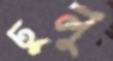
ঢুলু